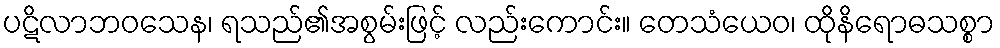
ပဋိလာဘဝသေန၊ ရသည်၏အစွမ်းဖြင့် လည်းကောင်း။ တေသံယေဝ၊ ထိုနိရောဓသစ္စာ